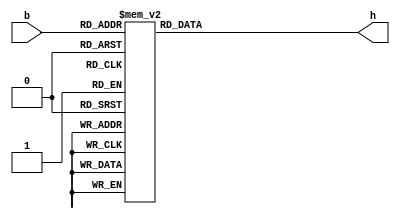
module seg_dec(
	 input  [3:0] b,
	 output reg [6:0] h
	 );

   //add your code here
	always @(*) begin
       case(b)
	  	4'd0:h=7'b1000000;
	   4'd1:h=7'b1111001;
	   4'd2:h=7'b0100100;
	   4'd3:h=7'b0110000;
	   4'd4:h=7'b0011001;
	   4'd5:h=7'b0010010;
	   4'd6:h=7'b0000010;
	   4'd7:h=7'b1111000;
      4'd8:h=7'b0000000;
		4'd9:h=7'b0010000;
		4'd10:h=7'b0001000;
		4'd11:h=7'b0000011;
		4'd12:h=7'b1000110;
		4'd13:h=7'b0100001;
		4'd14:h=7'b0000110;
		4'd15:h=7'b0001110;
	   endcase
	 end
endmodule